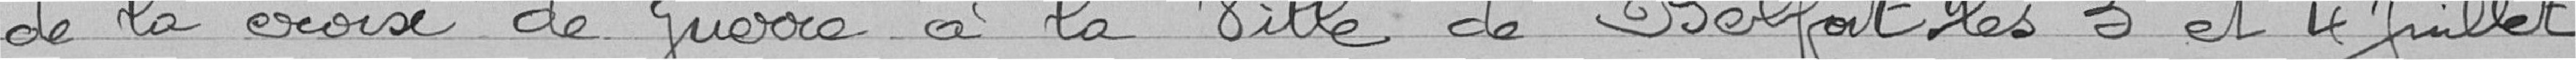
de la crois de guerre à la Ville de Belfort les 3 et 4 Juillet